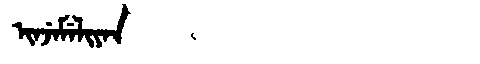
Manchu: ᡳᠨᠵᡝᠮᡝᠯᡳᠶᠠᠨ
Romanization: INJEMELIYAN